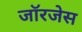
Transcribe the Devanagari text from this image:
जॉरजेस